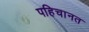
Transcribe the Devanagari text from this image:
पहिचानत